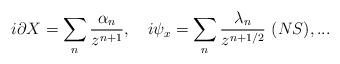
\begin{align*}i\partial X = \sum_n {\alpha_n\over z^{n+1}},\ \ \ i\psi_x = \sum_n {\lambda_n\over z^{n+1/2}}\ (NS), ...\end{align*}